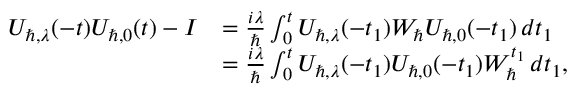
\begin{array} { r l } { U _ { \hbar , \lambda } ( - t ) U _ { \hbar , 0 } ( t ) - I } & { = \frac { i \lambda } { \hbar } \int _ { 0 } ^ { t } U _ { \hbar , \lambda } ( - t _ { 1 } ) W _ { \hbar } U _ { \hbar , 0 } ( - t _ { 1 } ) \, d \boldsymbol { t } _ { 1 } } \\ & { = \frac { i \lambda } { \hbar } \int _ { 0 } ^ { t } U _ { \hbar , \lambda } ( - t _ { 1 } ) U _ { \hbar , 0 } ( - t _ { 1 } ) W _ { \hbar } ^ { t _ { 1 } } \, d \boldsymbol { t } _ { 1 } , } \end{array}